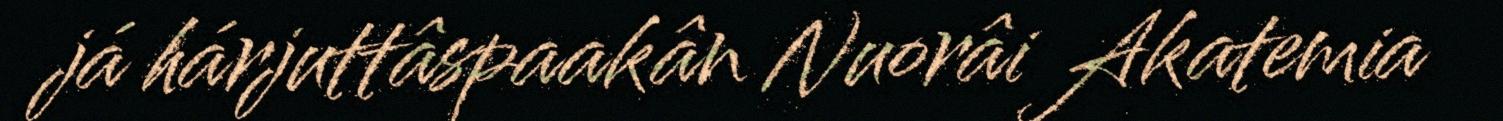
já hárjuttâspaakân Nuorâi Akatemia